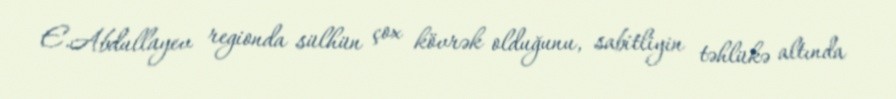
E.Abdullayev regionda sülhün çox kövrək olduğunu, sabitliyin təhlükə altında